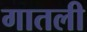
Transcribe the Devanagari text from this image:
गातली